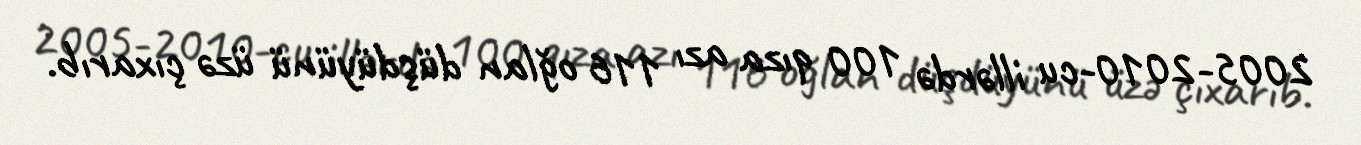
2005-2010-cu illərdə 100 qıza azı 116 oğlan düşdüyünü üzə çıxarıb.